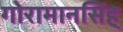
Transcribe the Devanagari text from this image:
गोरामानसिंह्